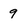
Character: 9